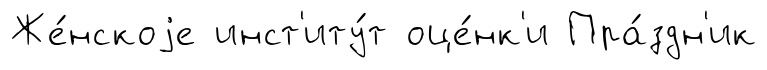
Же́нскоjе инст'иту́т оце́нк'и Пра́здн'ик